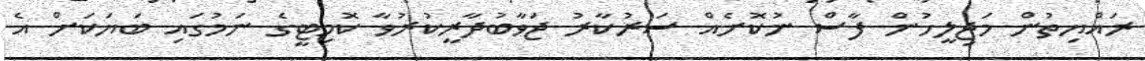
ރައްޔިތުން މަޖިލީހުން ފާސް ނުކޮށެއް ސަރުކާރު ޖަވާބުދާރީކުރުވާ ކޮމިޓީގެ ނަމުގައި ބަޔަކަށް އެ